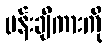
ပန်းချီကားကို